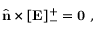
\hat { \mathbf { n } } \times [ \mathbf { E } ] _ { - } ^ { + } = \mathbf { 0 } ~ ,